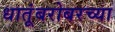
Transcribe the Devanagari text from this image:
धातूंबरोबरच्या